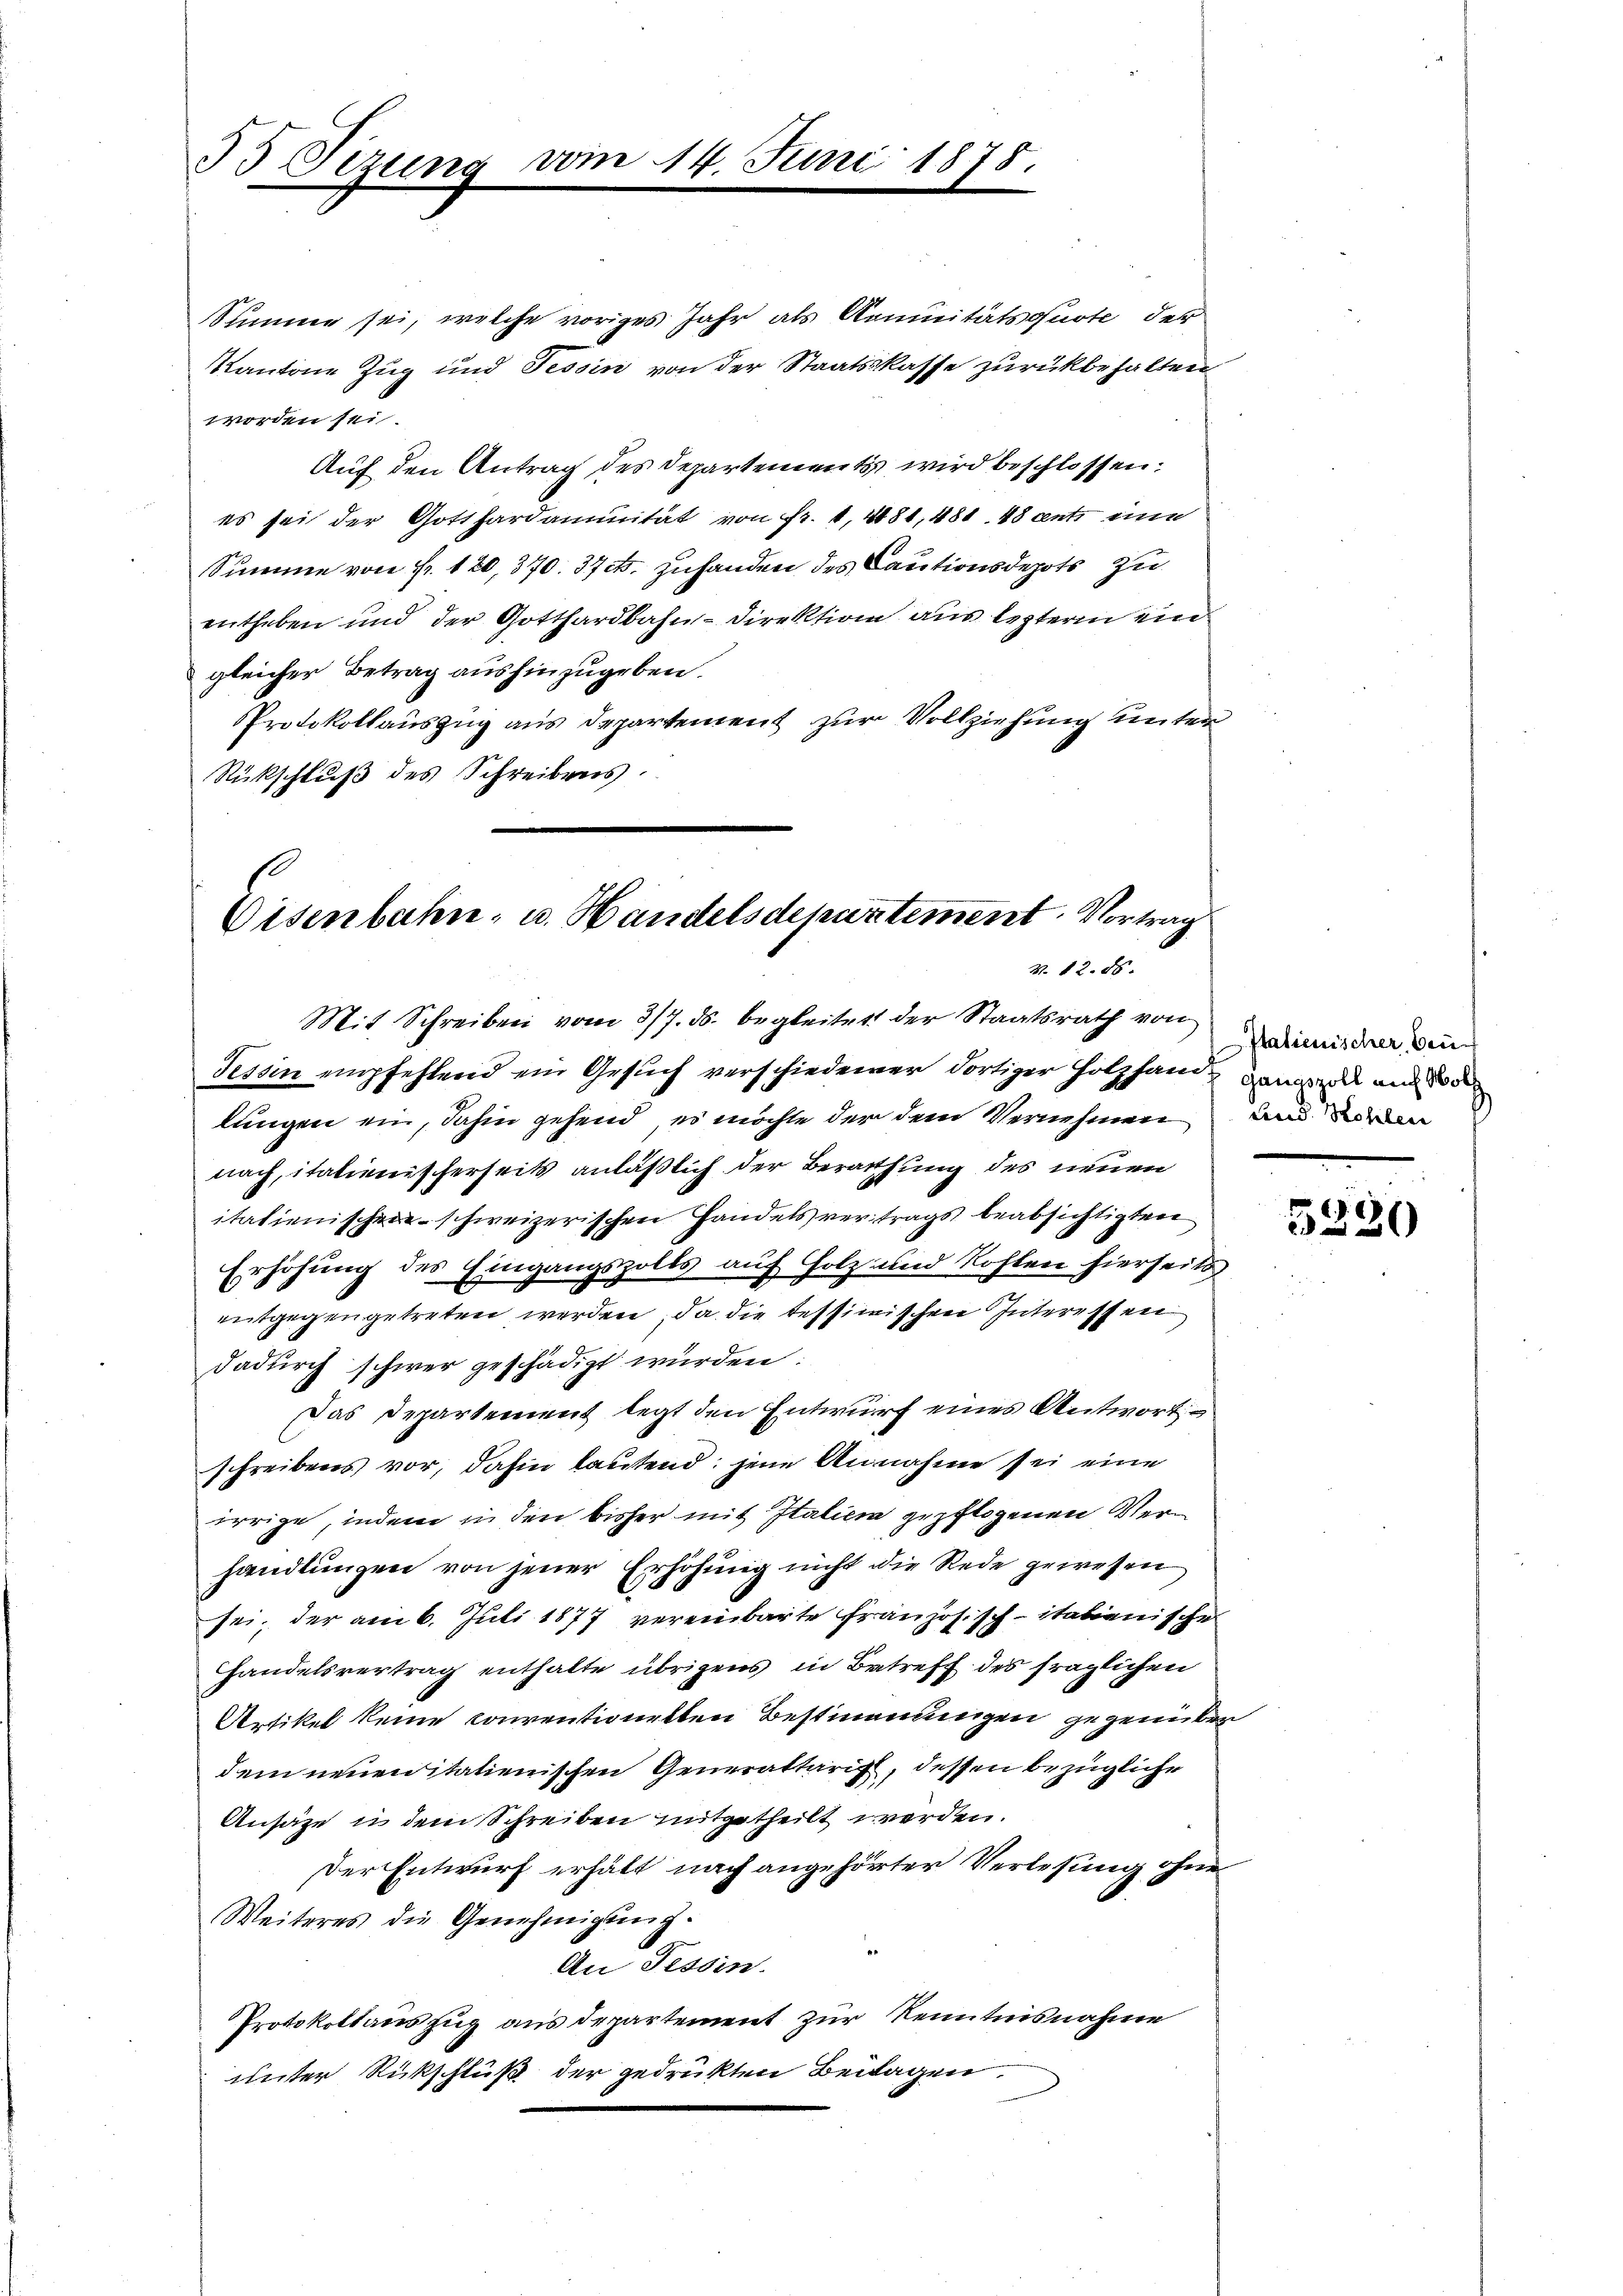
35. Sizung

14. Juni 1878.

Simme sei, welche voriges Jahr als Aeminitätsquote der
Kantone Zug und Tessin von der Staatskasse zurückbehalten
worden sei.
Auf den Antrag des Departements wird beschlossen:
es sei der Gotthardauunität von fr. 1, 4081, 481. 48 ents eine
Summe von Fr. 120, 370. 37 f. zuhanden des Cautionsdepots zu
entheben und der Gotthardbahn-Direktion aus leztern ein
gleicher Betrag aushinzugeben.
Protokollauszug aus Departement zur Vollziehung unter
Rückschluß des Schreibens.

Disenbahn, u. Handelsdepartement. Vortrag
V. 12. 85.

Italienischer, Bau¬

Mit Schreiben vom 3/7. ds. begleitet der Staatsrath von
Tessin empfehlend ein Gesuch verschiedener dortiger Holzhand ganzen und Bode
lungen ein, dahin gehend es möchte der dem Vernehmen und den
nach, italienischerseits anläßlich der Berathung des neuen
itatienischen schweizerischen Handels vertrags beabsichtigten
Erhöhung des Eingangszolls auf Holz- und Rohlen hierseits
entgegengetreten werden, da die tessimischen Interessen
dadurch schwer geschädigt würden:
Das Departement legt den Entwurf eines Antwort
schreibens vor, dahin lautend: jene Annahme sei eine
irrige, indem in den bisher mit Italien gepflogenen Verhandlungen von jener Erhöhung nicht die Rede gewesen
sei, der am 6. Juli 1877 vereinbarte Französisch-italienischen
Handelsvertrag enthalte übrigens in Betreff des fraglichen
Artikel keine conventionellen Bestimmungen gegenüber
dem neuenitatienischen Generaltarig, dessen bezügliche
Ansäze u dem Schreiben mitgetheilt werden.
Der Entwurf erhält nach angehörter Verlesung ohne
Weiteres die Genehmigŭng.
An Tessin.
Protokollauszug aus departement zur Kenntnisnahme
unter Rückschluß der gedrukten Beitagen.

.
3220